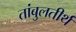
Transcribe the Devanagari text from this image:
तांबुलतीर्थ